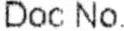
DOC NO.